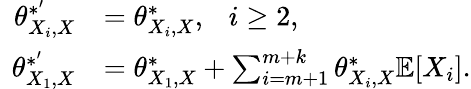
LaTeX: \begin{array}{rl}{\ \ \theta_{X_{i},X}^{*^{\prime}}}&{=\theta_{X_{i},X}^{*},\ \ \ i\ge 2,}\\ {\theta_{X_{1},X}^{*^{\prime}}}&{=\theta_{X_{1},X}^{*}+\sum_{i=m+1}^{m+k}\theta_{X_{i},X}^{*}\mathbb{E}[X_{i}].}\end{array}